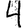
Digit: 4